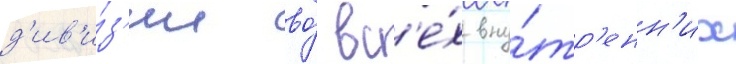
д'ив'и́з'ии во́ вс'е́х вну́тр'енн'их